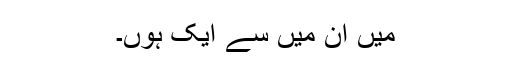
میں ان میں سے ایک ہوں۔